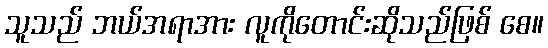
သူသည် ဘယ်အရာအား လူကိုတောင်းဆိုသည်ဖြစ် စေ။